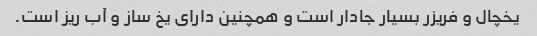
یخچال و فریزر بسیار جادار است و همچنین دارای یخ ساز و آب ریز است.